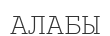
АЛАБЫ